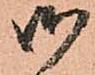
御